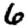
Digit: 6